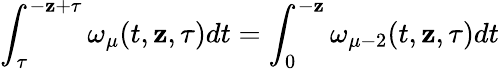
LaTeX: \int_{\tau}^{-\mathbf{z}+\tau}\omega_{\mu}(t,\mathbf{z},\tau)dt=\int_{0}^{-\mathbf{z}}\omega_{\mu-2}(t,\mathbf{z},\tau)dt